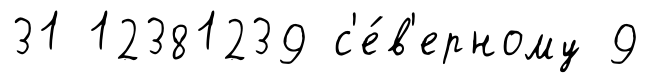
31 12381239 с'е́в'ерному 9